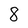
Character: 8